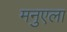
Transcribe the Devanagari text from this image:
मनुएला